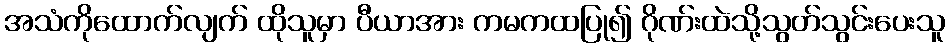
အသံကိုထောက်လျက် ထိုသူမှာ ပီယာအား ကမကထပြု၍ ဂိုဏ်းထဲသို့သွတ်သွင်းပေးသူ